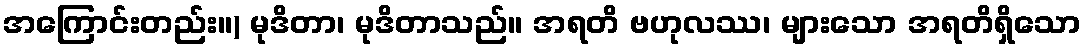
အကြောင်းတည်း။) မုဒိတာ၊ မုဒိတာသည်။ အရတိ ဗဟုလဿ၊ များသော အရတိရှိသော